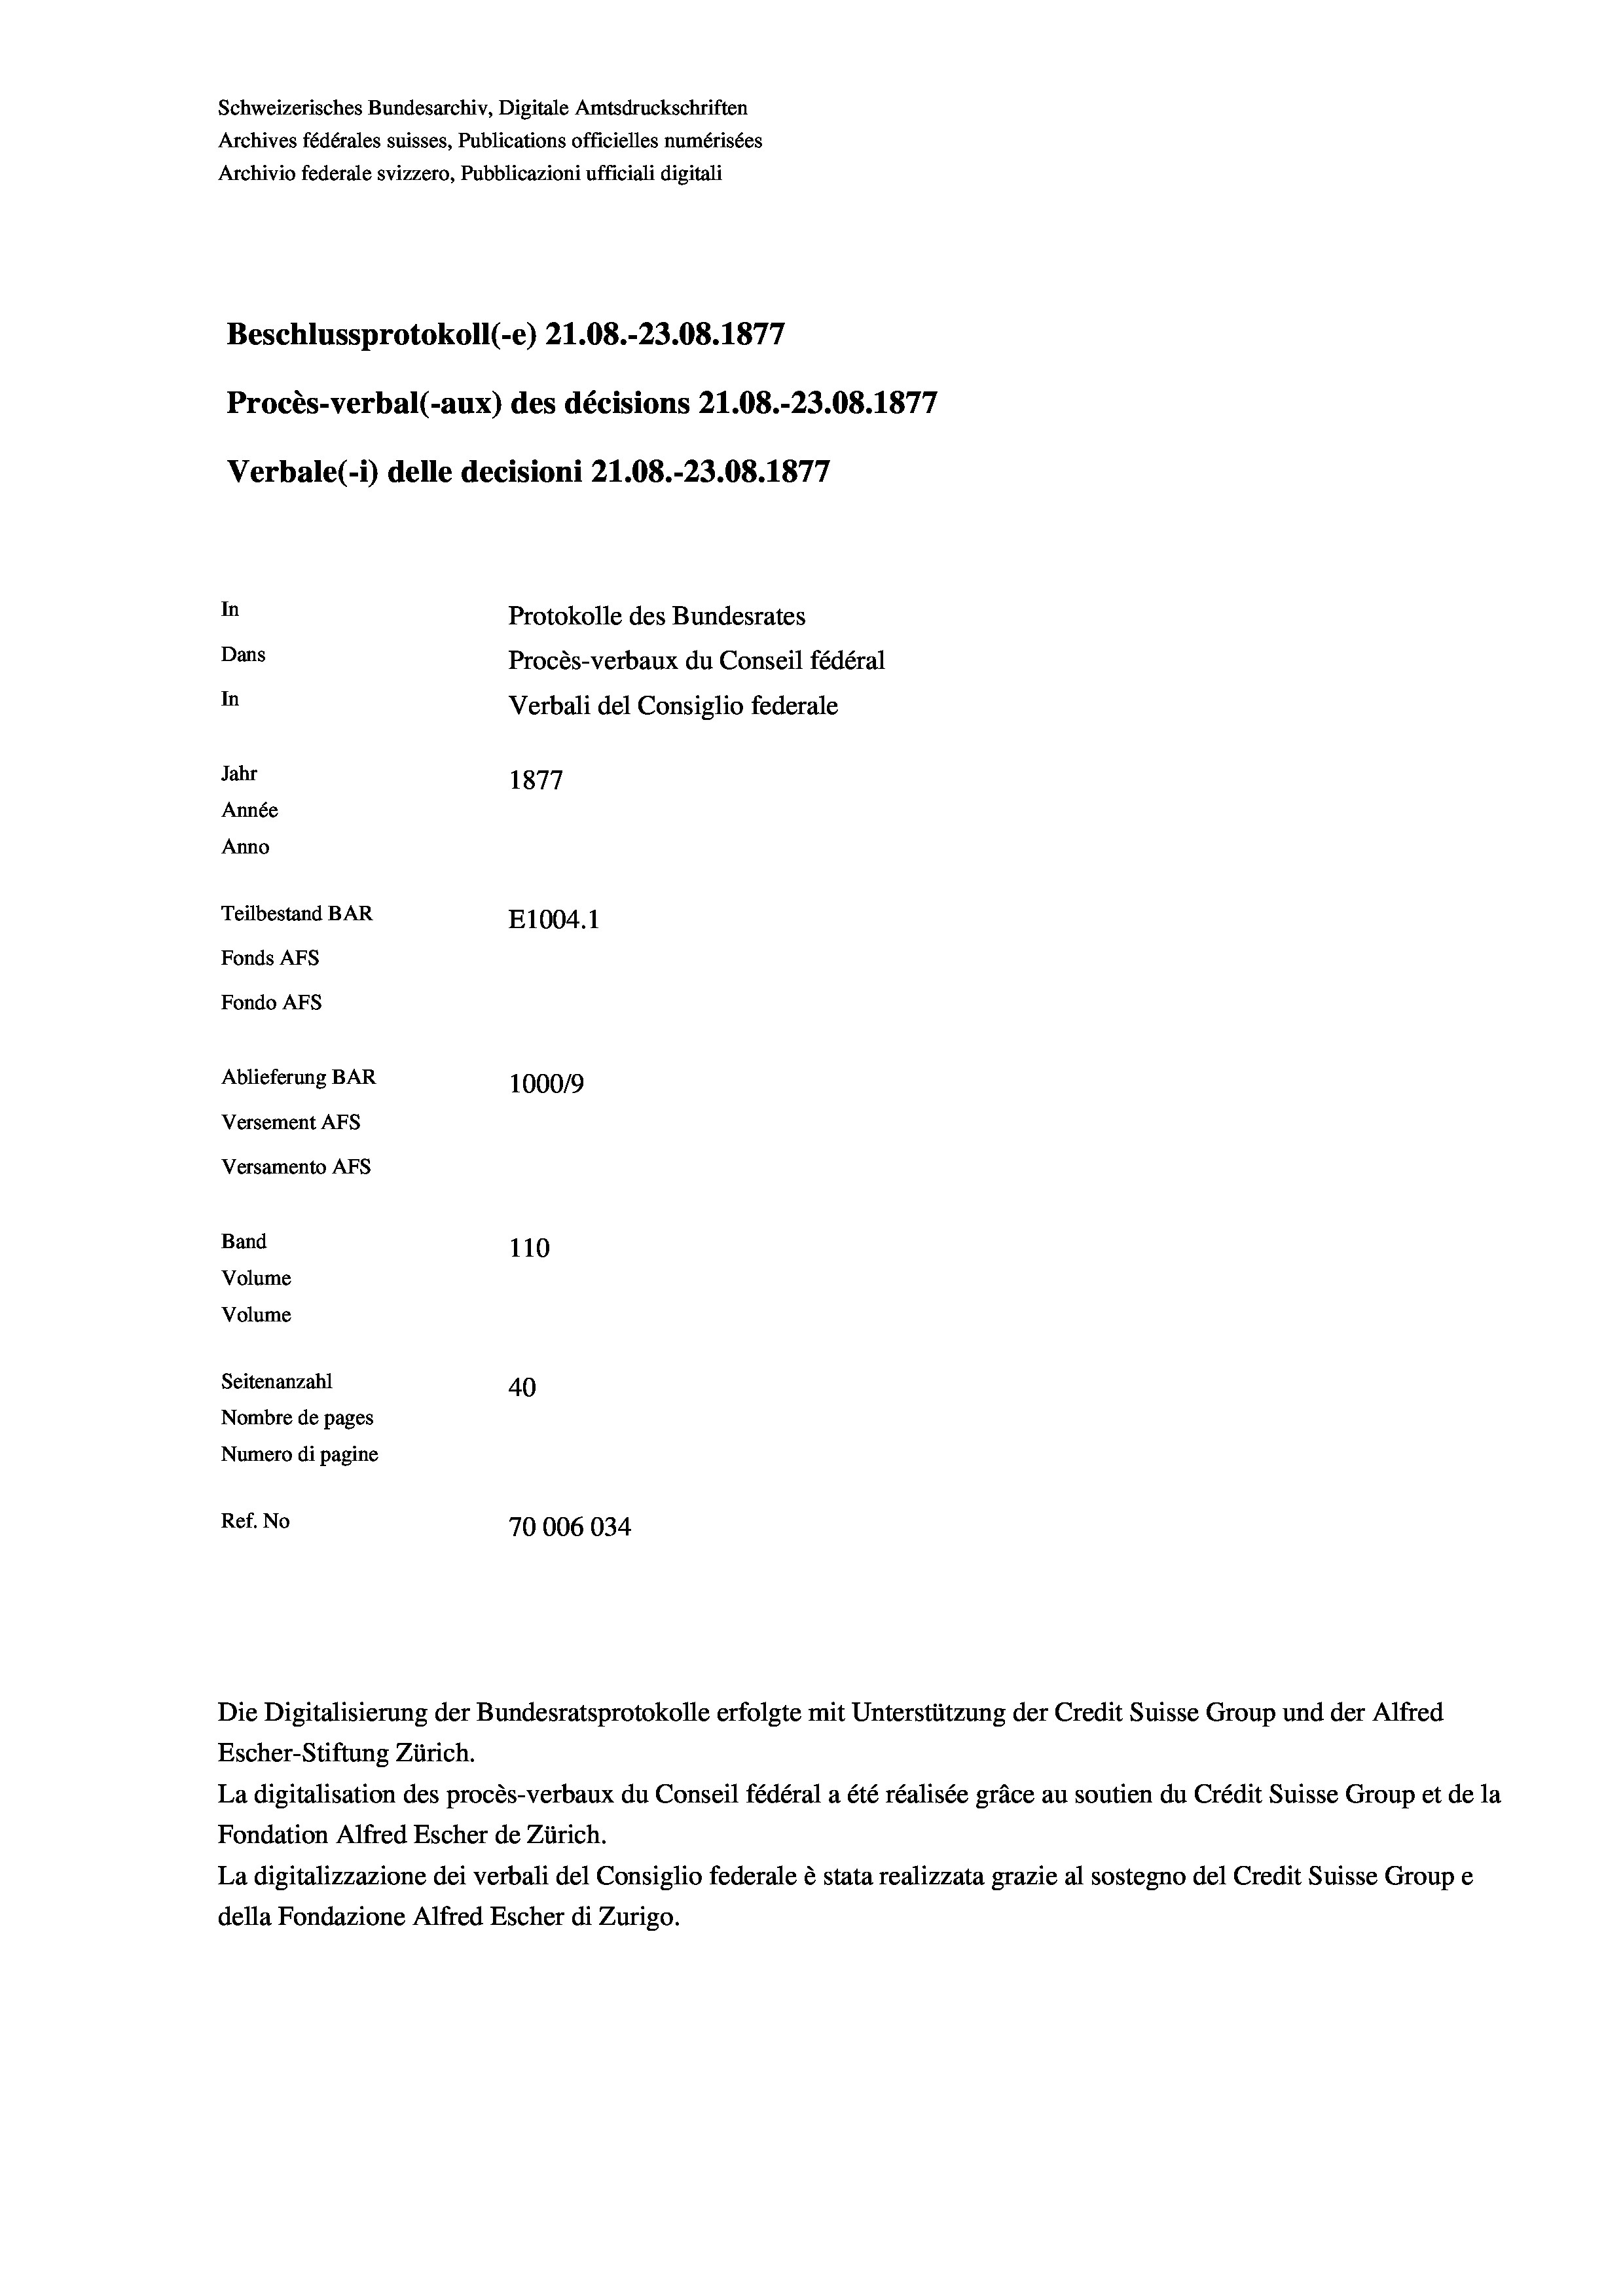
Schweizerisches Bundesarchiv, Digitale Amtsdruckschriften
Archives fédérales suisses, Publications officielles numérisées
Archivio federale svizzero, Pubblicazioni ufficiali digitali
Beschlussprotokoll (e) Z1.08.-23.08. 1877
Procès-verbal (-aux) des décisions 21.08.-23.08. 1877
Verbale (- 1) delle decisioni 21.08.-23.08. 1877
In
Protokolle des Bundesrates
Dans
Procès-verbaux du Conseil fédéral
In
Verbali del Consiglio federale
Jahr
1877
Année
Anno
Teilbestand BAR
E1004.1
Fonds AFs
Fondo AFS
Ablieferung BAR
100019
Versement AFs
Versamento Afs
Band
110
Volume
Volume
Seitenanzahl
40
Nombre de pages
Numero di pagine
Ref. No
70006034

Escher-Stiftung Zürich.
La digitalisation des procès-verbaux du Conseil fédéral a été réalisée gräce au soutien du Crédit Suisse Group et de la
Fondation Alfred Escher de Zürich.
La digitalizzazione dei verbali del Consiglio federale è stata realizzata grazie al sostegno del Credit Suisse Groupe
della Fondazione Alfred Escher di Zurigo.

Die Digitalisierung der Bundesratsprotokolle erfolgte mit Unterstützung der Credit Suisse Group und der Alfred